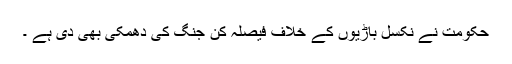
حکومت نے نکسل باڑیوں کے خلاف فیصلہ کن جنگ کی دھمکی بھی دی ہے ۔